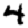
Digit: 4